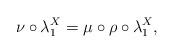
LaTeX: \begin{gather*}\nu\circ\lambda^X_1=\mu\circ\rho\circ\lambda^X_1,\end{gather*}